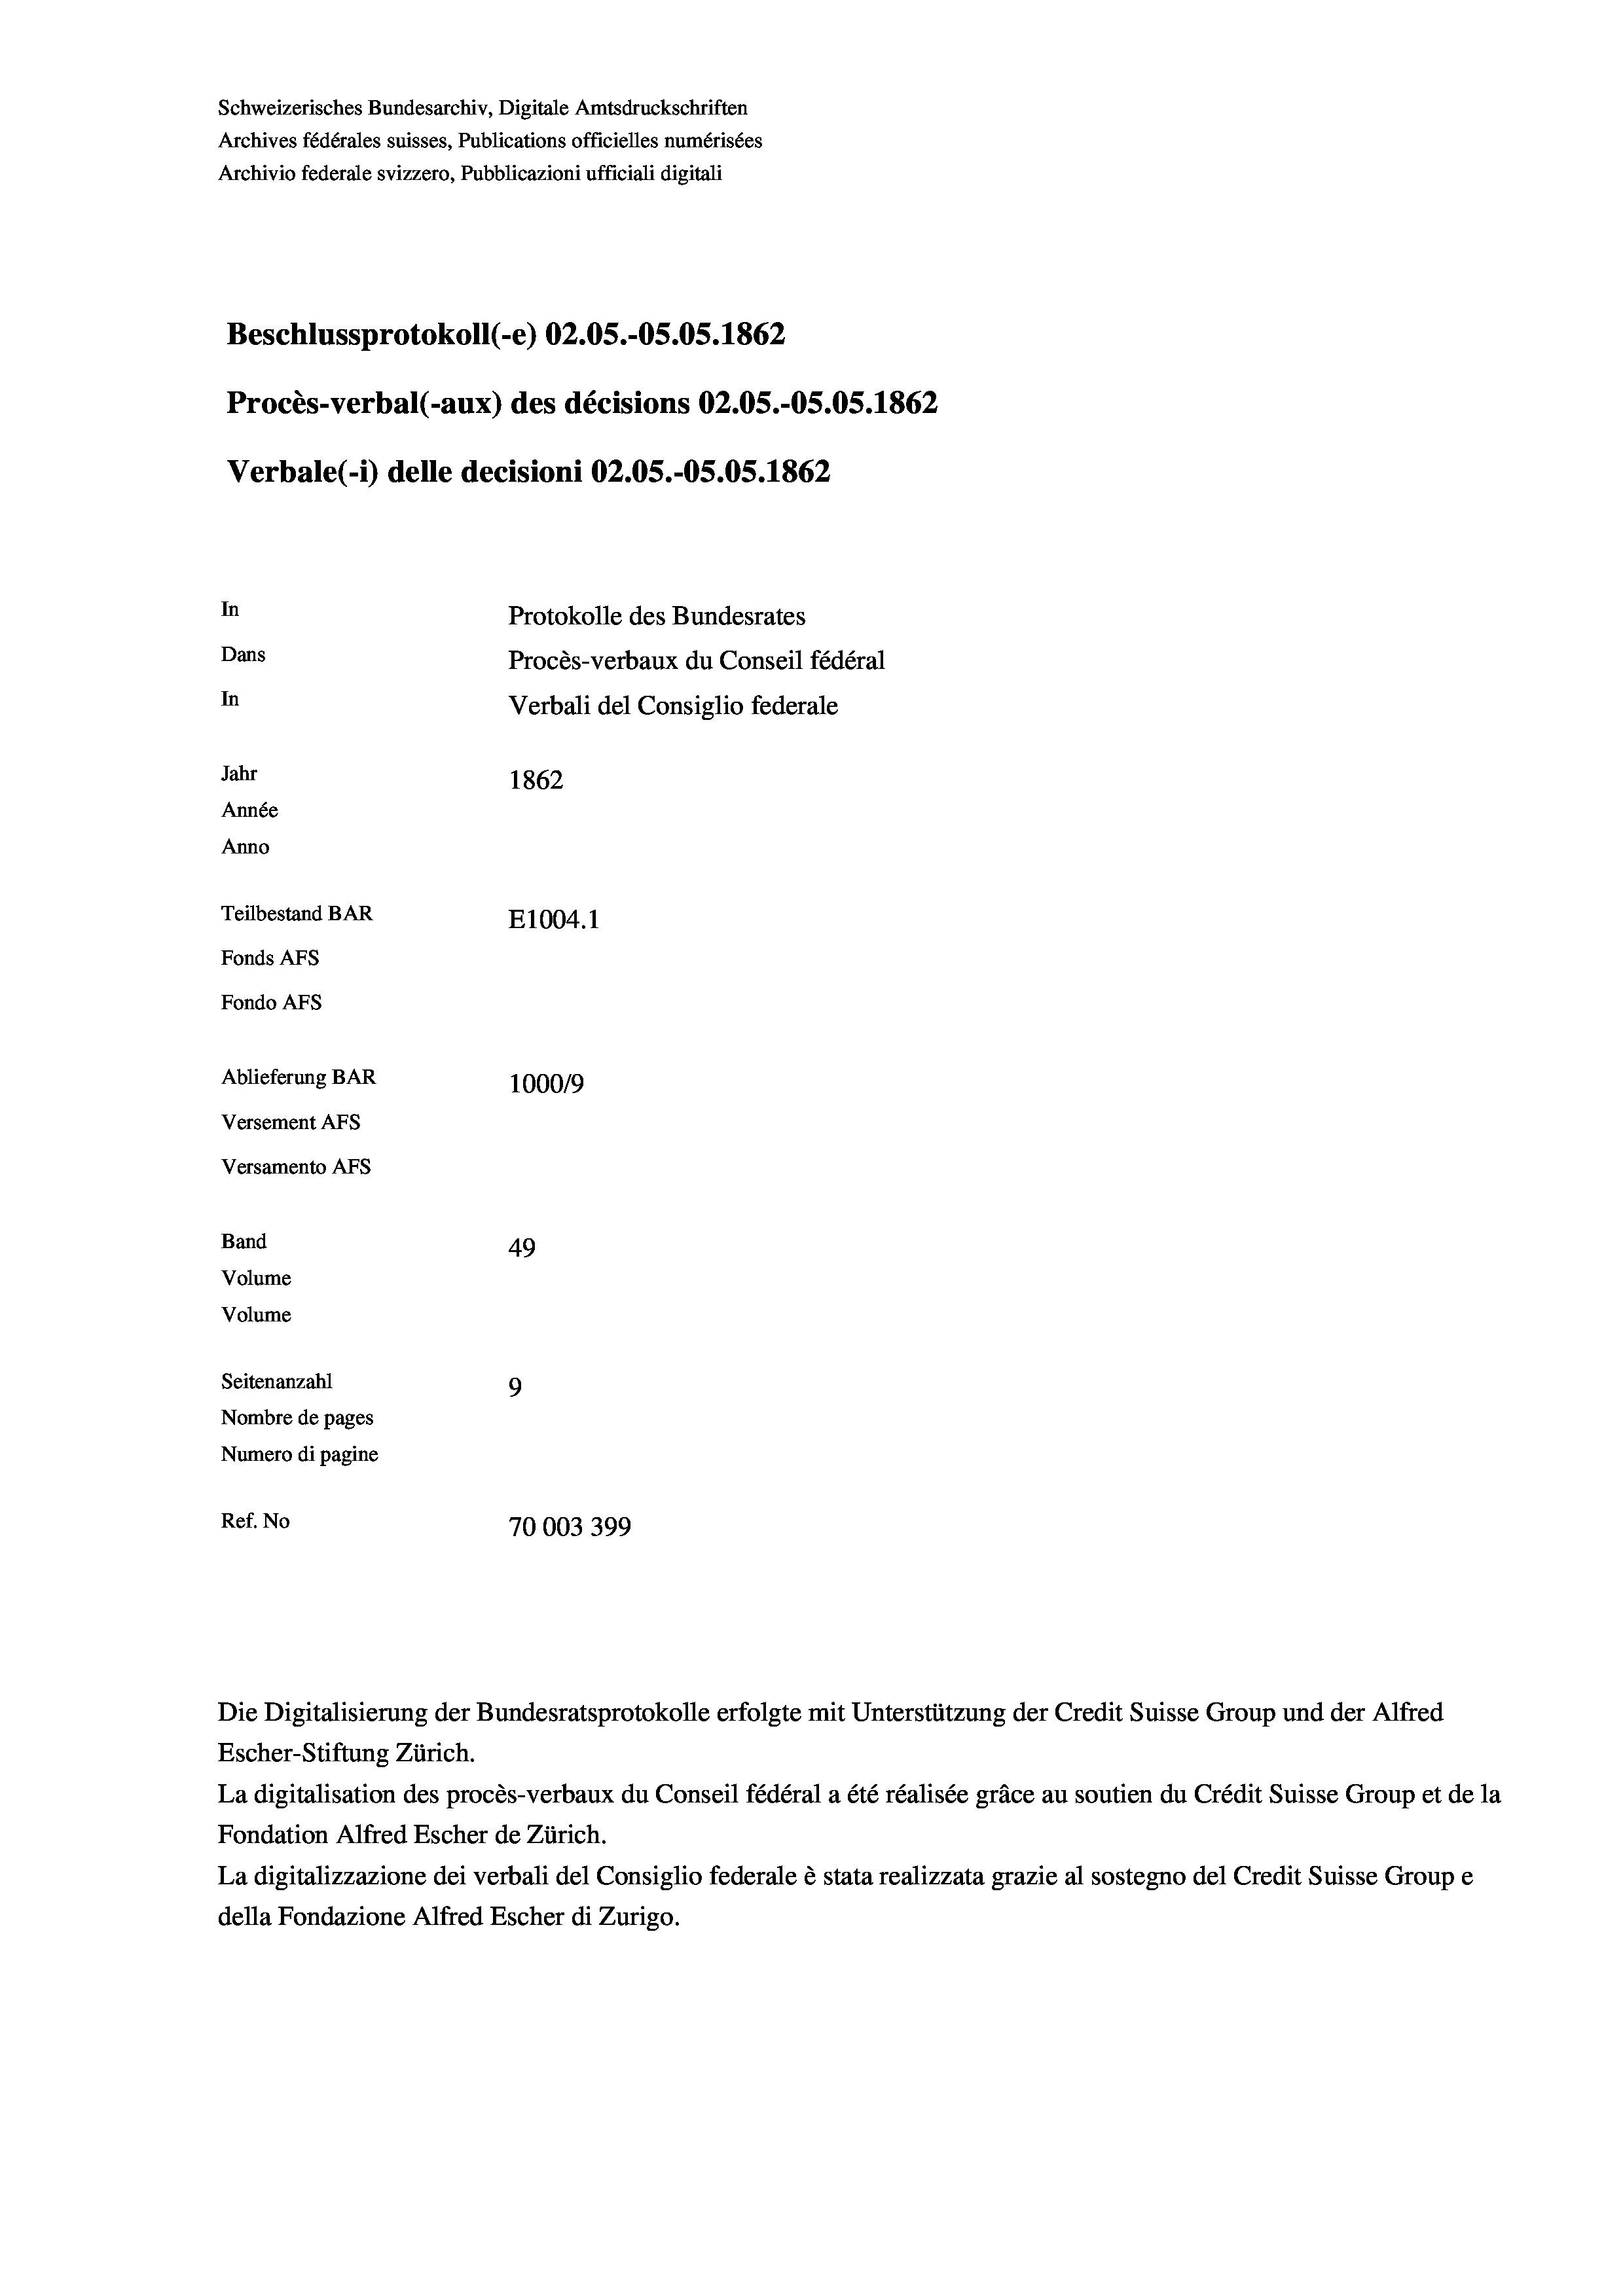
Schweizerisches Bundesarchiv, Digitale Amtsdruckschriften
Archives fédérales suisses, Publications officielles numérisées
Archivio federale svizzero, Pubblicazioni ufficiali digitali
Beschlussprotokoll (-e) 02.05.-O5.05. 1862
Procès-verbal (-aux) des décisions 02.05.-OS.05. 1862
Verbale(-*) delle decisioni 02.05.-OS.05. 1862
In
Protokolle des Bundesrates
Dans
Procès-verbaux du Conseil fédéral
In
Verbali del Consiglio federale
Jahr
1862
Année
Anno
Teilbestand BAR
E1004. 1
Fonds AFs
Fondo Afs
Ablieferung BAR
100019
Versement AFs
Versamento Afs

49
Seitenanzahl
9
Nombre de pages
Numero di pagine
Ref. No
70003 399

Band
Volume
Volume

Escher-Stiftung Zürich.
La digitalisation des procès-verbaux du Conseil fédéral a été réalisée gräce au soutien du Crédit Suisse Group et de la
Fondation Alfred Escher de Zürich.
La digitalizzazione dei verbali del Consiglio federale è stata realizzata grazie al sostegno del Credit Suisse Groupe
della Fondazione Alfred Escher di Zurigo.

Die Digitalisierung der Bundesratsprotokolle erfolgte mit Unterstützung der Credit Suisse Group und der Alfred